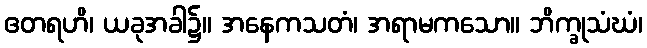
ဧတရဟိ၊ ယခုအခါ၌။ အနေကသတံ၊ အရာမကသော။ ဘိက္ခုသံဃံ၊